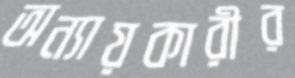
অন্যায়কারীর